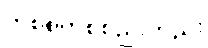
တစ်စုတစ်စည်းတည်း